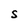
Character: S